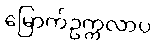
မြောက်ဥက္ကလာပ